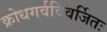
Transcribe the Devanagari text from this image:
क्रोधगर्वविवर्जितः